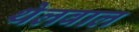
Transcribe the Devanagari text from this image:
थेलवाल